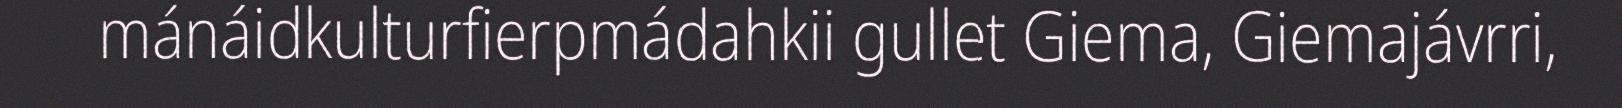
mánáidkulturfierpmádahkii gullet Giema, Giemajávrri,